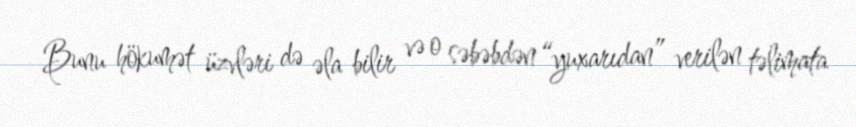
Bunu hökumət üzvləri də əla bilir və o səbəbdən “yuxarıdan” verilən təlimata